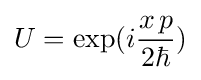
U=\exp(i{\frac {x\,p}{2\hbar }})